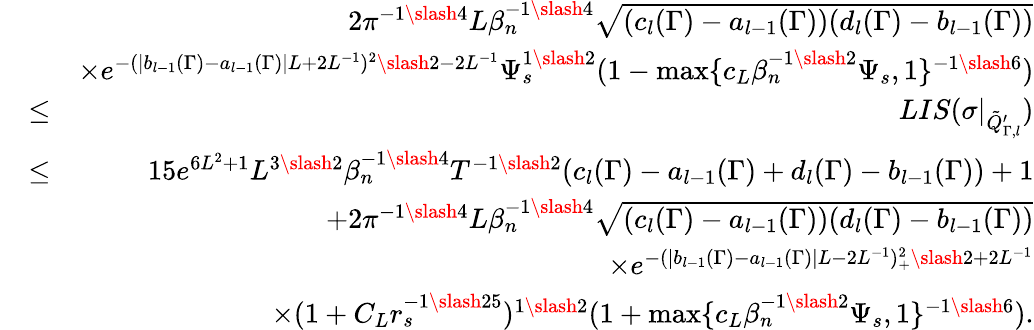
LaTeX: \begin{array}{rlr}&{}&{2\pi^{-1\slash 4}L\beta_{n}^{-1\slash 4}\sqrt{(c_{l}(\Gamma)-a_{l-1}(\Gamma))(d_{l}(\Gamma)-b_{l-1}(\Gamma))}}\\ &{}&{\times e^{-(|b_{l-1}(\Gamma)-a_{l-1}(\Gamma)|L+2L^{-1})^{2}\slash 2-2L^{-1}}\Psi_{s}^{1\slash 2}(1-\operatorname*{max}\{ c_{L}\beta_{n}^{-1\slash 2}\Psi_{s},1\} ^{-1\slash 6})}\\ &{\leq}&{LIS(\sigma|_{\tilde{Q}_{\Gamma,l}^{\prime}})}\\ &{\leq}&{15e^{6L^{2}+1}L^{3\slash 2}\beta_{n}^{-1\slash 4}T^{-1\slash 2}(c_{l}(\Gamma)-a_{l-1}(\Gamma)+d_{l}(\Gamma)-b_{l-1}(\Gamma))+1}\\ &{}&{+2\pi^{-1\slash 4}L\beta_{n}^{-1\slash 4}\sqrt{(c_{l}(\Gamma)-a_{l-1}(\Gamma))(d_{l}(\Gamma)-b_{l-1}(\Gamma))}}\\ &{}&{\quad\times e^{-(|b_{l-1}(\Gamma)-a_{l-1}(\Gamma)|L-2L^{-1})_{+}^{2}\slash 2+2L^{-1}}}\\ &{}&{\quad\times(1+C_{L}r_{s}^{-1\slash 25})^{1\slash 2}(1+\operatorname*{max}\{ c_{L}\beta_{n}^{-1\slash 2}\Psi_{s},1\} ^{-1\slash 6}).}\end{array}